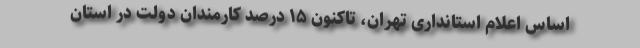
اساس اعلام استانداری تهران، تاکنون ۱۵ درصد کارمندان دولت در استان